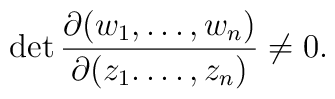
\det \frac{\partial (w_{1},\dots,w_{n})}{\partial (z_{1}.\dots,z_{n})}  \neq 0.